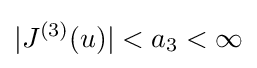
|J^{(3)}(u)|<a_{3}<\infty